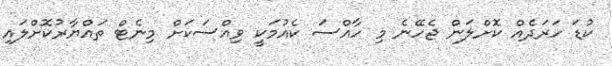
ކުޑަ ހަރަދެއް ކޮށްލަން ޖެހޭނެ މި ހާއްސަ ކެއުމަކީ ވިއްސަކަށް މިނެޓް ތައްޔާރުކޮށްލައި